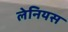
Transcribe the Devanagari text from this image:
लेनियस